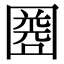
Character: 𡈘